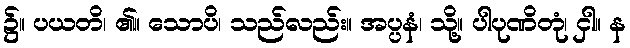
၌။ ပယတိ၊ ၏။ သောပိ၊ သည်လည်း။ အပ္ပနံ၊ သို့။ ပါပုဏိတုံ၊ ငှါ။ န